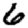
Digit: 6